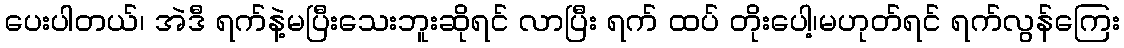
ပေးပါတယ်၊ အဲဒီ ရက်နဲ့မပြီးသေးဘူးဆိုရင် လာပြီး ရက် ထပ် တိုးပေါ့၊မဟုတ်ရင် ရက်လွန်ကြေး